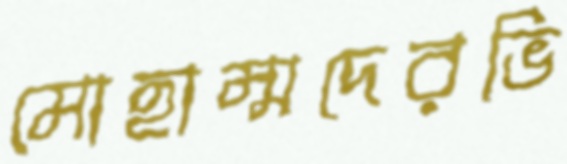
মোহাম্মদেরভি